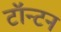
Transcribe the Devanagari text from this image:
टॉन्टन